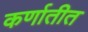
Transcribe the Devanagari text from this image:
कर्णातीत